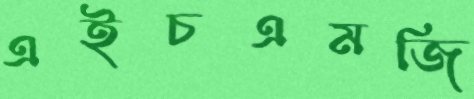
এইচএমজি